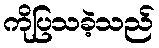
ကိုပြသခဲ့သည်